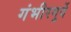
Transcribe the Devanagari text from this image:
गंभीरगुर्दे